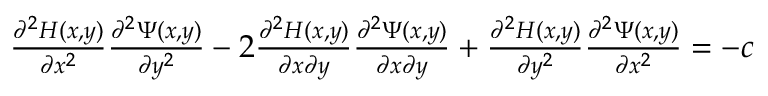
\begin{array} { r } { \frac { \partial ^ { 2 } H ( x , y ) } { \partial x ^ { 2 } } \frac { \partial ^ { 2 } \Psi ( x , y ) } { \partial y ^ { 2 } } - 2 \frac { \partial ^ { 2 } H ( x , y ) } { \partial x \partial y } \frac { \partial ^ { 2 } \Psi ( x , y ) } { \partial x \partial y } + \frac { \partial ^ { 2 } H ( x , y ) } { \partial y ^ { 2 } } \frac { \partial ^ { 2 } \Psi ( x , y ) } { \partial x ^ { 2 } } = - c } \end{array}